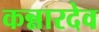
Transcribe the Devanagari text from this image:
कन्नारदेव